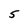
Character: 5